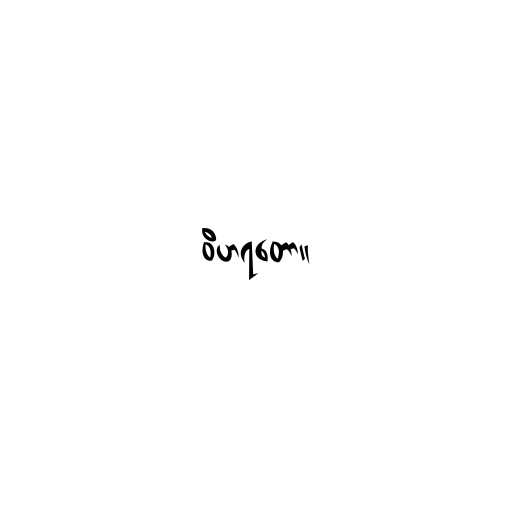
ဝိဟရတော။